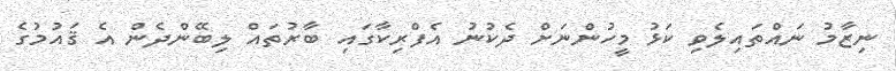
ނިޒާމު ނައްތައިލެވި ކަޅު މީހުންނަށް ދެކުނު އެފްރިކާގައި ބާރުތައް ލިބޭންދެން އެ ޤައުމުގެ